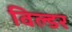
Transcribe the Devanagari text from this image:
विल्डर